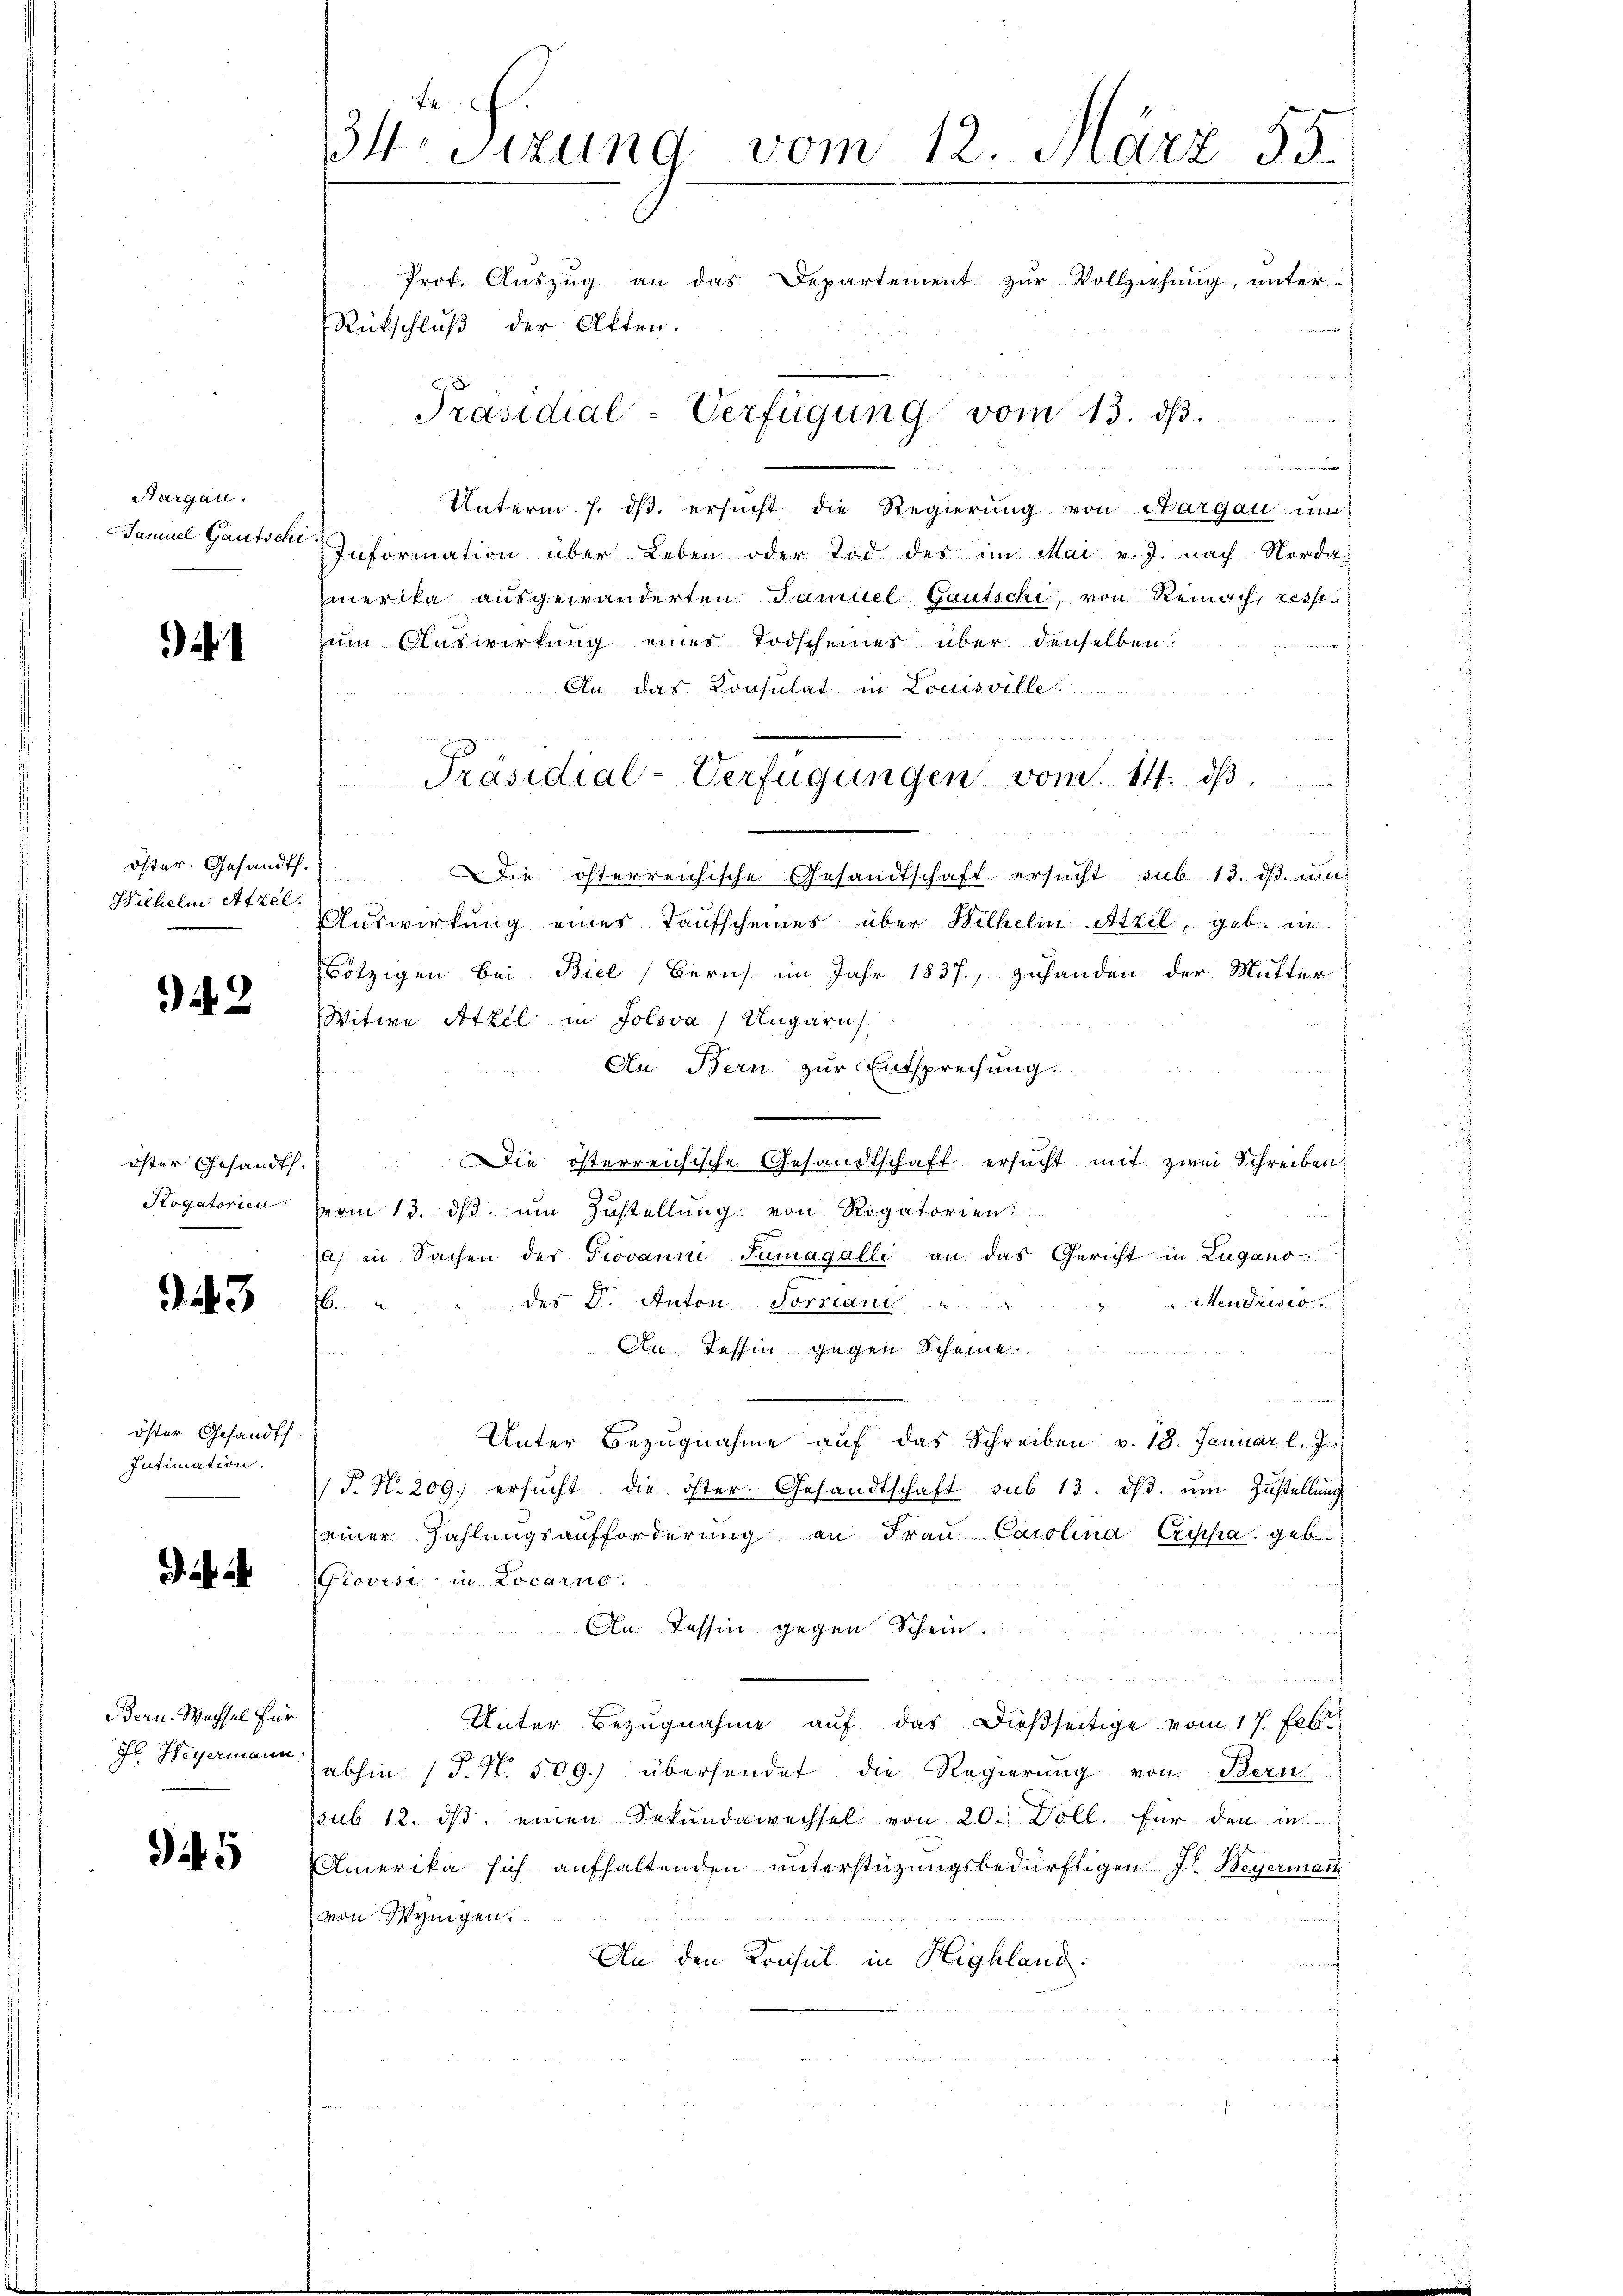
Hargau.

i

öster. Gesandth.)
Wilhelm Atzel.

) d. 2

öster Gesandt.
Rogatorien

43

öster Gesandts.
Intimation.
e

.

Bern. Wachsel für
Fr. Hegermann

Dit 5

F
34. Sizung vom 12. März 195.
Prof. Aŭszŭg an das Departement zŭr Vollziehung, unter
Rückschluß der Atten.

de Sachen in der Mitte verantiert
Unterm 7. ds. ersucht die Regierung von Aargau zum
Samuel Gautsche Information über Leben oder Tod des im Mai v. J. nach Norda
merika ausgewänderten Samuel Gautschi, von Reinach, resp.
zum Auswirkung eines Todscheines über denselben
An das Konsulat in Louisville
u
u
Die österreichische Gesandtschaft ersucht, sub. 13. ds. um
Auswirkung eines Taufscheines über Wilhelm Atzel, geb. in
ötzigen bei Biel Zürich im Jahr 1837., zuhanden der Mutter
Witwe Atzel in Jolsva / Ungarn
An Bern zur Entsprechung.
u
Die österreichische Gesandtschaft ersucht mit zwei Schreiben
vom 13. dβ. um Zustellung von Rogatorien
Ja in Sachen der Piovanne Sumagalli an das Gericht in Lugano
 Mendrisio
des Dr. Anton. Sorrant
.
Au. Tessin gegen Scheine
n
Unter Bezŭgnahme aŭf das Schreiben v. 18. Januar l. J.)
T. N. 209. ersŭcht die öster. Gesandtschaft sub 13. dβ. ŭm Zŭstellŭng
einer Zahlungsaufforderŭng an Fraŭ Carolina Cripha, geb.
Giovesi in Locarno.
An Tessin gegen Schein.
ch
Unter Bezugnahme auf das dießseitige vom 17. Feb.
abhin (T. N. 509.) übersendet die Regierung von Bern
ssub 12. dβ einen Sekundawechsel von 20. Doll. für den in
Amerika sich aufhaltenden unterstüzungsbedürftigen. J. Weyermann
von Wynigen.
An den Konsul in Highland:
u

Präsidial-Verfügung vom 13. ds.

Präsidial-Verfügungen vom 14. ds